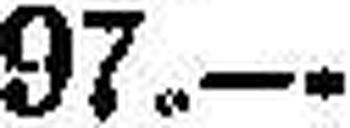
97.—